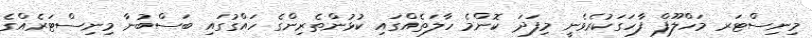
މިނިސްޓަރ މަހްލޫފް ފާހަގަކުރެވެނީ މިފަދަ ކޮންމެ ހާލަތެއްގައި ކުޅުންތެެރިންގެ ހައްގުގައި ބަސްބުނާ މިނިސްޓަރެއްގެ